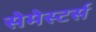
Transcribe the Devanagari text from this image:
सेमेस्टर्स